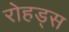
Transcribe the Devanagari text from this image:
रोहड्स